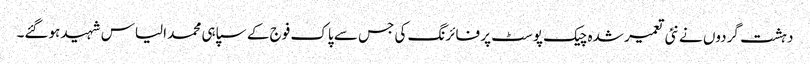
دہشت گردوں نے نئی تعمیر شدہ چیک پوسٹ پر فائرنگ کی جس سے پاک فوج کے سپاہی محمد الیاس شہید ہوگئے۔